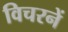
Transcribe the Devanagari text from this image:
विचरनें